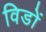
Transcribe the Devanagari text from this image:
विडों